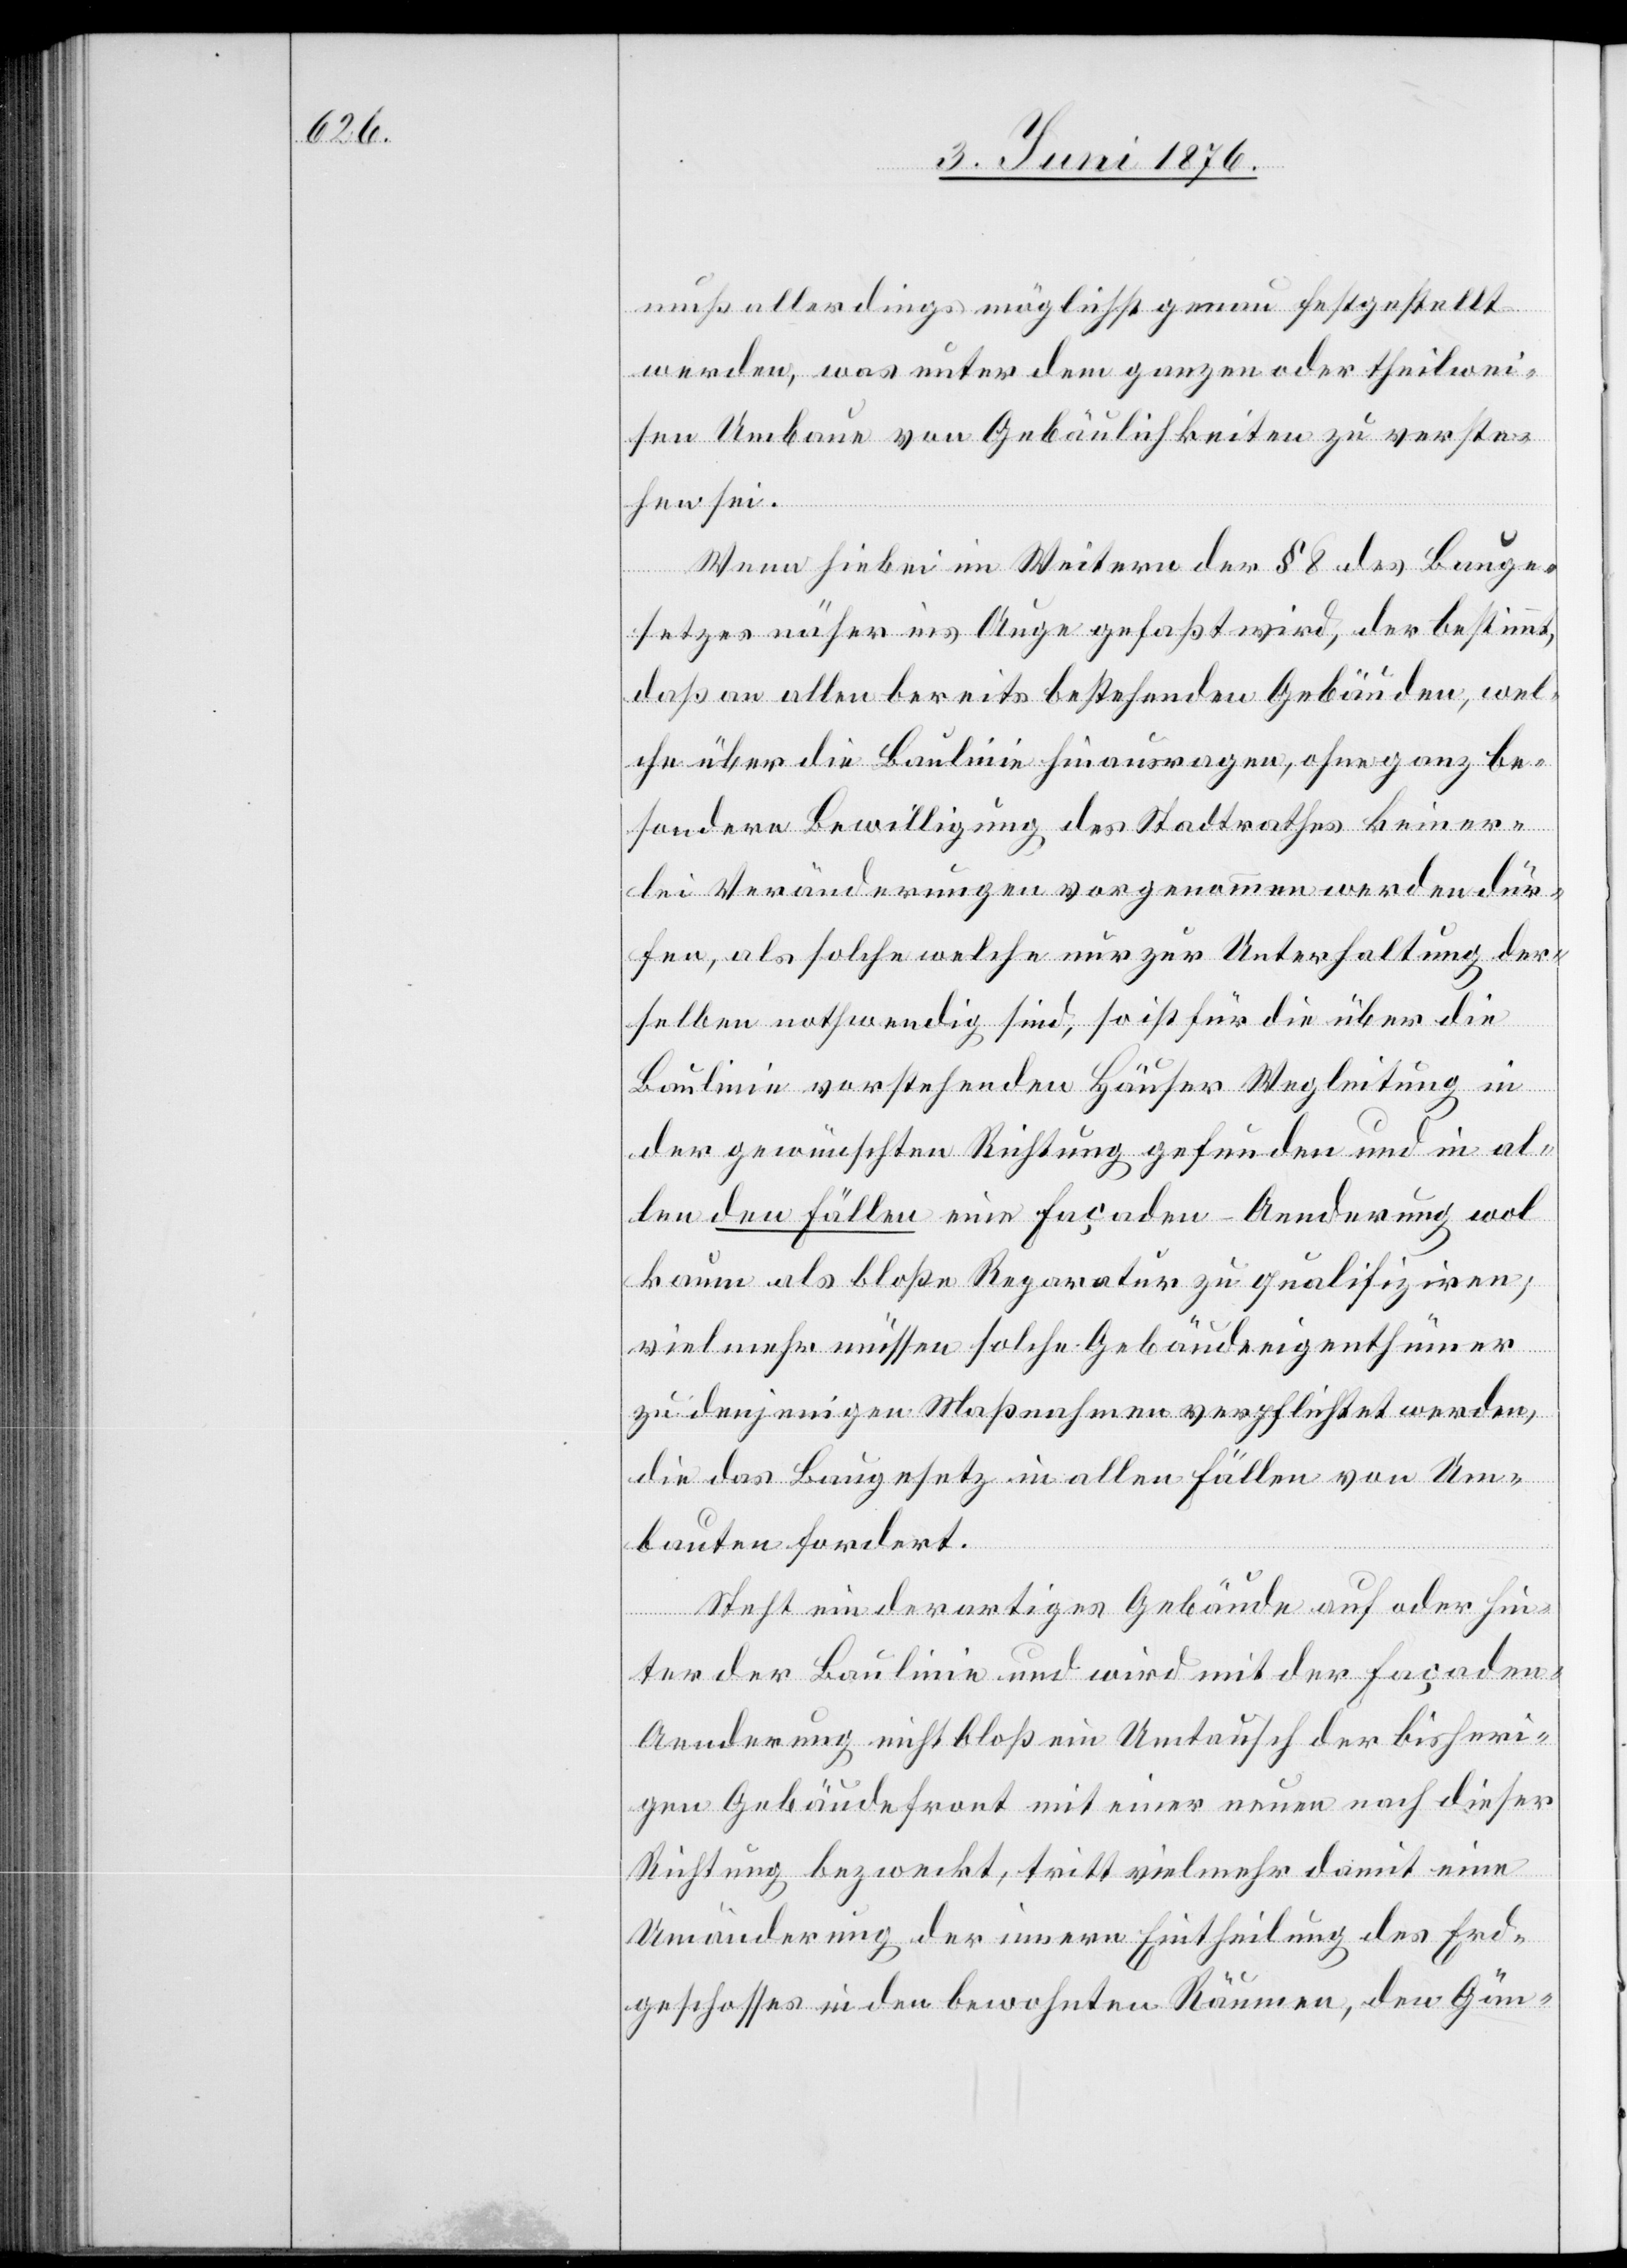
muß allerdings möglichst genau festgestellt
werden, was unter dem ganzen oder theilwei¬
sen Umbaue von Gebäulichkeiten zu verste¬
hen sei.
Wenn hierbei im Weitern der § 8 des Bauge¬
setzes näher ins Auge gefaßt wird, der bestimmt,
daß an allen bereits bestehenden Gebäuden, wel¬
che über die Baulinie hinausragen, ohne ganz be¬
sondere Bewilligung des Stadtrathes keiner¬
lei Veränderungen vorgenommen werden dür¬
fen, als solche welche nur zur Unterhaltung der¬
selben nothwendig sind, so ist für die über die
Baulinie vorstehenden Häuser Wegleitung in
der gewünschten Richtung gefunden und in al¬
len den Fällen eine Façaden-Aenderung wol
kaum als bloße Reparatur zu qualifiziren;
vielmehr müssen solche Gebäudeeigenthümer
zu denjenigen Maßnahmen verpflichtet werden,
die das Baugesetz in allen Fällen von Um¬
bauten fordert.
Steht ein derartiges Gebäude auf oder hin¬
ter der Baulinie und wird mit der Façade¬
n-Aenderung nicht bloß ein Umtausch der bisheri¬
gen Gebäudefront mit einer neuen nach dieser
Richtung bezweckt, tritt vielmehr damit eine
Umänderung der innern Eintheilung des Erd¬
geschisses in den bewohnten Räumen, den Gän-